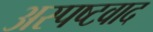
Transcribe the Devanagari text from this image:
अस्पष्टवाद